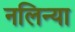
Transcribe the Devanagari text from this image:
नलिन्या